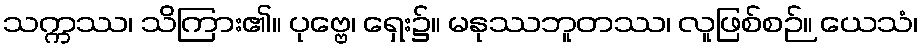
သက္ကဿ၊ သိကြား၏။ ပုဗ္ဗေ၊ ရှေး၌။ မနုဿဘူတဿ၊ လူဖြစ်စဉ်။ ယေသံ၊